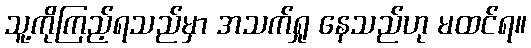
သူ့ကိုကြည့်ရသည်မှာ အသက်ရှု နေသည်ဟု မထင်ရ။